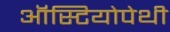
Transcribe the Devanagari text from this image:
ऑस्टियोपेथी